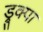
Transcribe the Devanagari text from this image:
ड्रुक्पा